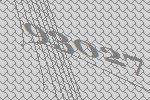
93027